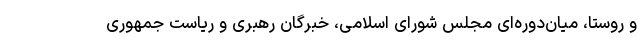
و روستا، میان‌دوره‌ای مجلس شورای اسلامی، خبرگان رهبری و ریاست جمهوری